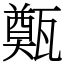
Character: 㽀